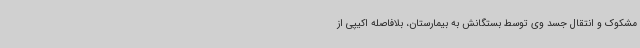
مشکوک و انتقال جسد وی توسط بستگانش به بیمارستان، بلافاصله اکیپی از